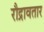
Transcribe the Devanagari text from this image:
रौद्रावतार